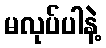
မလုပ်ပါနဲ့